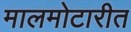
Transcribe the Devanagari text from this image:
मालमोटारीत